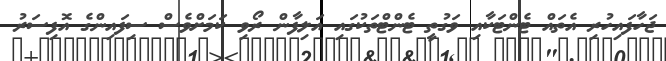
ޖަހާފައިހުރި އެތައް ޓެންޓަކާއި ވަގުތީ ޓެންޓްތަކުގައި އަލިފާން ރޯވި ކަމަށްވެސް ސިފައިންގެ އޮފިސަރު